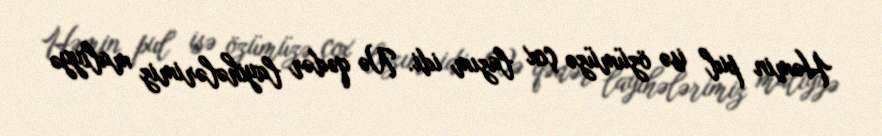
Həmin pul isə özümüzə çox lazım idi. Nə qədər layihələrimiz maliyyə